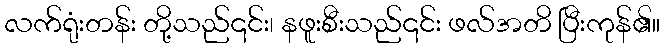
လက်ရုံးတန်း တို့သည်၎င်း၊ နဖူးစီးသည်၎င်း ဖလ်အတိ ပြီးကုန်၏။